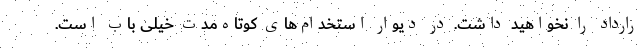
رارداد را نخواهید داشت. در دیوار استخدام‌های کوتاه‌مدت خیلی باب است.